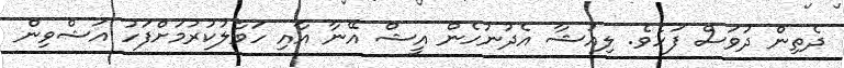
ދެތިން ދުވަސް ފަހެވެ. ލިއުޝާ އެދުނުހެން އީޝް އޭނާ އާއި ހަވާލުކުރުމަށްފަހު އަޝްވިން